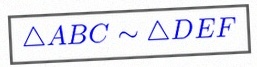
\triangle ABC\sim\triangle DEF